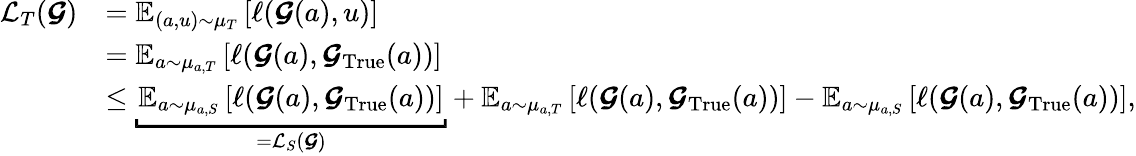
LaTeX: \begin{array}{rl}{\mathcal{L}_{T}(\boldsymbol{\mathcal{G}})}&{=\boldsymbol{\mathbb{E}}_{(a,u)\sim\mu_{T}}\left[\ell(\boldsymbol{\mathcal{G}}(a),u)\right]}\\ &{=\boldsymbol{\mathbb{E}}_{a\sim\mu_{a,T}}\left[\ell(\boldsymbol{\mathcal{G}}(a),\boldsymbol{\mathcal{G}}_{\mathrm{True}}(a))\right]}\\ &{\leq\underbracket{\boldsymbol{\mathbb{E}}_{a\sim\mu_{a,S}}\left[\ell(\boldsymbol{\mathcal{G}}(a),\boldsymbol{\mathcal{G}}_{\mathrm{True}}(a))\right]}_{=\mathcal{L}_{S}(\boldsymbol{\mathcal{G}})}+\boldsymbol{\mathbb{E}}_{a\sim\mu_{a,T}}\left[\ell(\boldsymbol{\mathcal{G}}(a),\boldsymbol{\mathcal{G}}_{\mathrm{True}}(a))\right]-\boldsymbol{\mathbb{E}}_{a\sim\mu_{a,S}}\left[\ell(\boldsymbol{\mathcal{G}}(a),\boldsymbol{\mathcal{G}}_{\mathrm{True}}(a))\right],}\end{array}